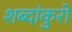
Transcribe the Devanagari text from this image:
शब्दांकुरों